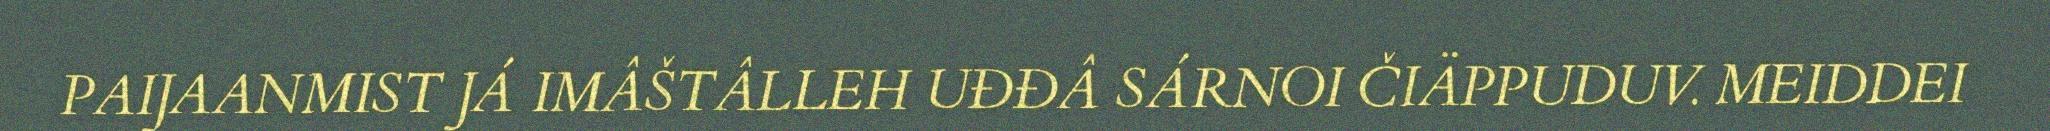
PAIJAANMIST JÁ IMÂŠTÂLLEH UĐĐÂ SÁRNOI ČIÄPPUDUV. MEIDDEI